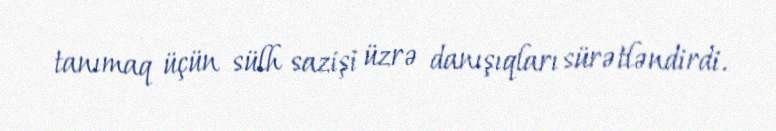
tanımaq üçün sülh sazişi üzrə danışıqları sürətləndirdi.